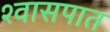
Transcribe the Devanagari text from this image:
श्वासपात